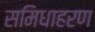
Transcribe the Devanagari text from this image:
समिधाहरण